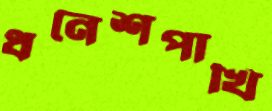
ধনেশপাখি